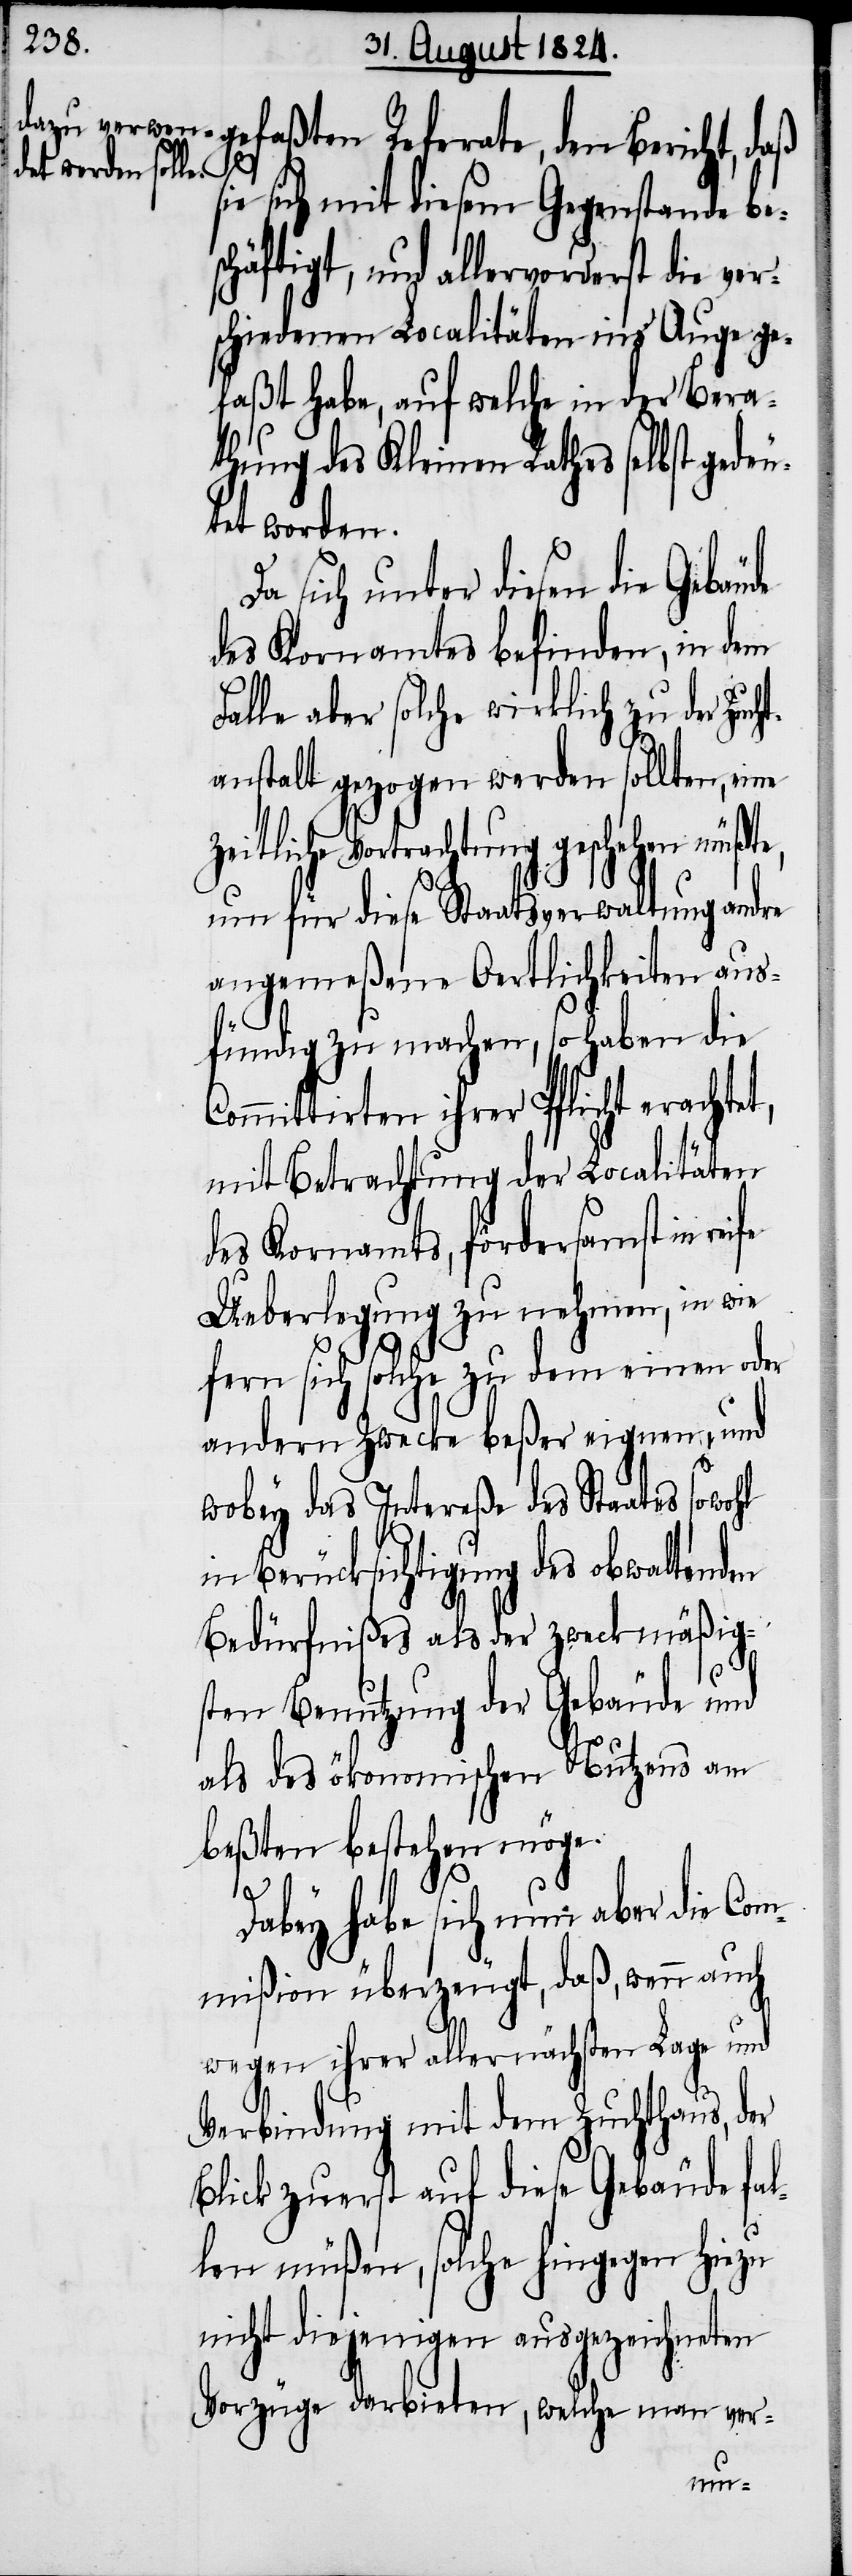
gefaßten Referate, den Bericht, daß
ht¬
ie sich mit diesem Gegenstande be¬
schäftigt, und allervorderst die ver¬
schiedenen Localitäten ins Auge ge¬
faßt habe, auf welche in der Bera¬
thung des Kleinen Rathes selbst gede¬
tet worden.
Da sich unter diesen die Gebäude
des Kornamtes befinden, in dem
Falle aber solche wirklich zu der Zuc¬
anstalt gezogen werden sollten, eine
zeitliche Vortrachtung geschehen müßte,
um für diese Staatsverwaltung andre
angemeßene Oertlichkeiten aus¬
fündig zu machen, so haben die
Committirten ihrer Pflicht erachtet,
mit Betrachtung der Localitäten
des Kornamts, fördersamst in
Ueberlegung zu nehmen, in wie
fern sich solche zu dem einen oder
andern Zwecke beßer eignen, und
wobey das Intereße des Staates
in Berücksichtigung des obwaltenden
Bedürfnißes als der zweckmäßig¬
sten Benutzung der Gebäude und
als des ökonomischen Nutzens am
beßten bestehen möge.
Dabey habe sich nun aber die Com¬
mißion überzeugt, daß, wenn auch
wegen ihrer allernächsten Lage und
Verbindung mit dem Zuchthaus, der
Blick zuerst auf diese Gebäude fal¬
len müßen, solche hingegen hiezu
nicht diejenigen ausgezeichneten
Vorzüge darbieten, welche man ver-
u¬